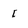
Character: I